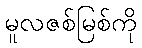
မူလဇစ်မြစ်ကို